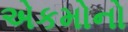
એકમોનો